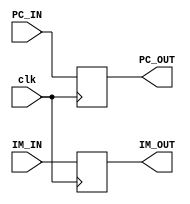
module IF_ID (
    input [31:0] PC_IN, IM_IN,
    output reg [31:0] PC_OUT, IM_OUT,
    input clk,
);

    always @(negedge clk)
    begin
        PC_OUT = PC_IN;
        IM_OUT = IM_IN;
    end
endmodule